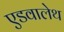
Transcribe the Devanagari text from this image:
एडवालेथ